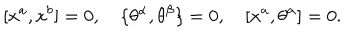
LaTeX: \lbrack x ^ { a } , x ^ { b } ] = 0 , \quad \{ \theta ^ { \alpha } , \theta ^ { \beta } \} = 0 , \quad [ x ^ { a } , \theta ^ { \alpha } ] = 0 .